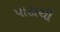
પાટાથી